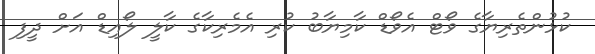
ކުޅުންތެރިޔާގެ ވޯޓް އެވޯޑް ކާމިޔާބު ކުރި އެމެރިކާގެ ކާލީ ލޯއިޑް އަށް ދީފި